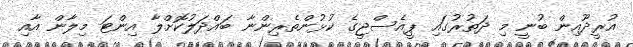
އުރީދޫއިން ބުނީ މި ދަތުރުގައި ޕީއެސްޖީގެ ކުޅުންތެރިންނާ ބައްދަލުކޮށްލާ އިންޓަ މިލާން އާއި